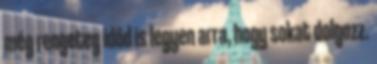
még rengeteg időd is legyen arra, hogy sokat dolgozz.